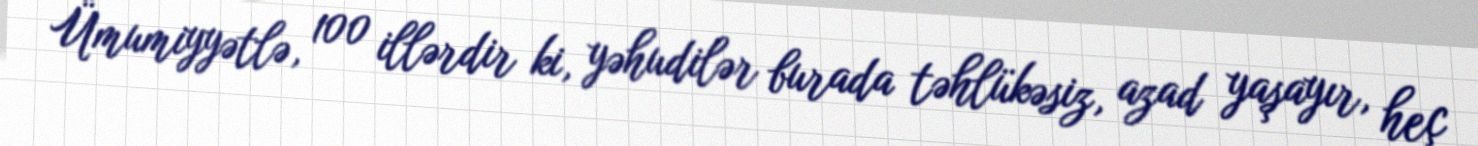
Ümumiyyətlə, 100 illərdir ki, yəhudilər burada təhlükəsiz, azad yaşayır, heç